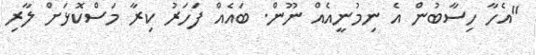
"އެހާ ހިސާބުން އެ ނިމުނީއެއް ނޫން. ބައެއް ފަހަރު ކިރާ މަސްކޮޅަށް ލާރި